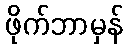
ဖိုက်ဘာမှန်